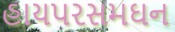
હાયપરસમઘન